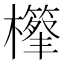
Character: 𣟣